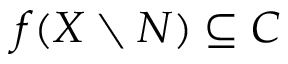
f ( X \setminus N ) \subseteq C